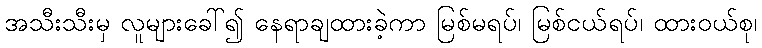
အသီးသီးမှ လူများခေါ်၍ နေရာချထားခဲ့ကာ မြစ်မရပ်၊ မြစ်ငယ်ရပ်၊ ထားဝယ်စု၊